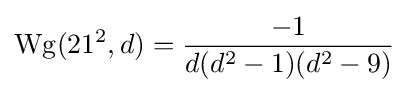
\operatorname {Wg} (21^{2},d)={\frac {-1}{d(d^{2}-1)(d^{2}-9)}}